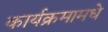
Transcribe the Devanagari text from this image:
कार्यक्रमामधे